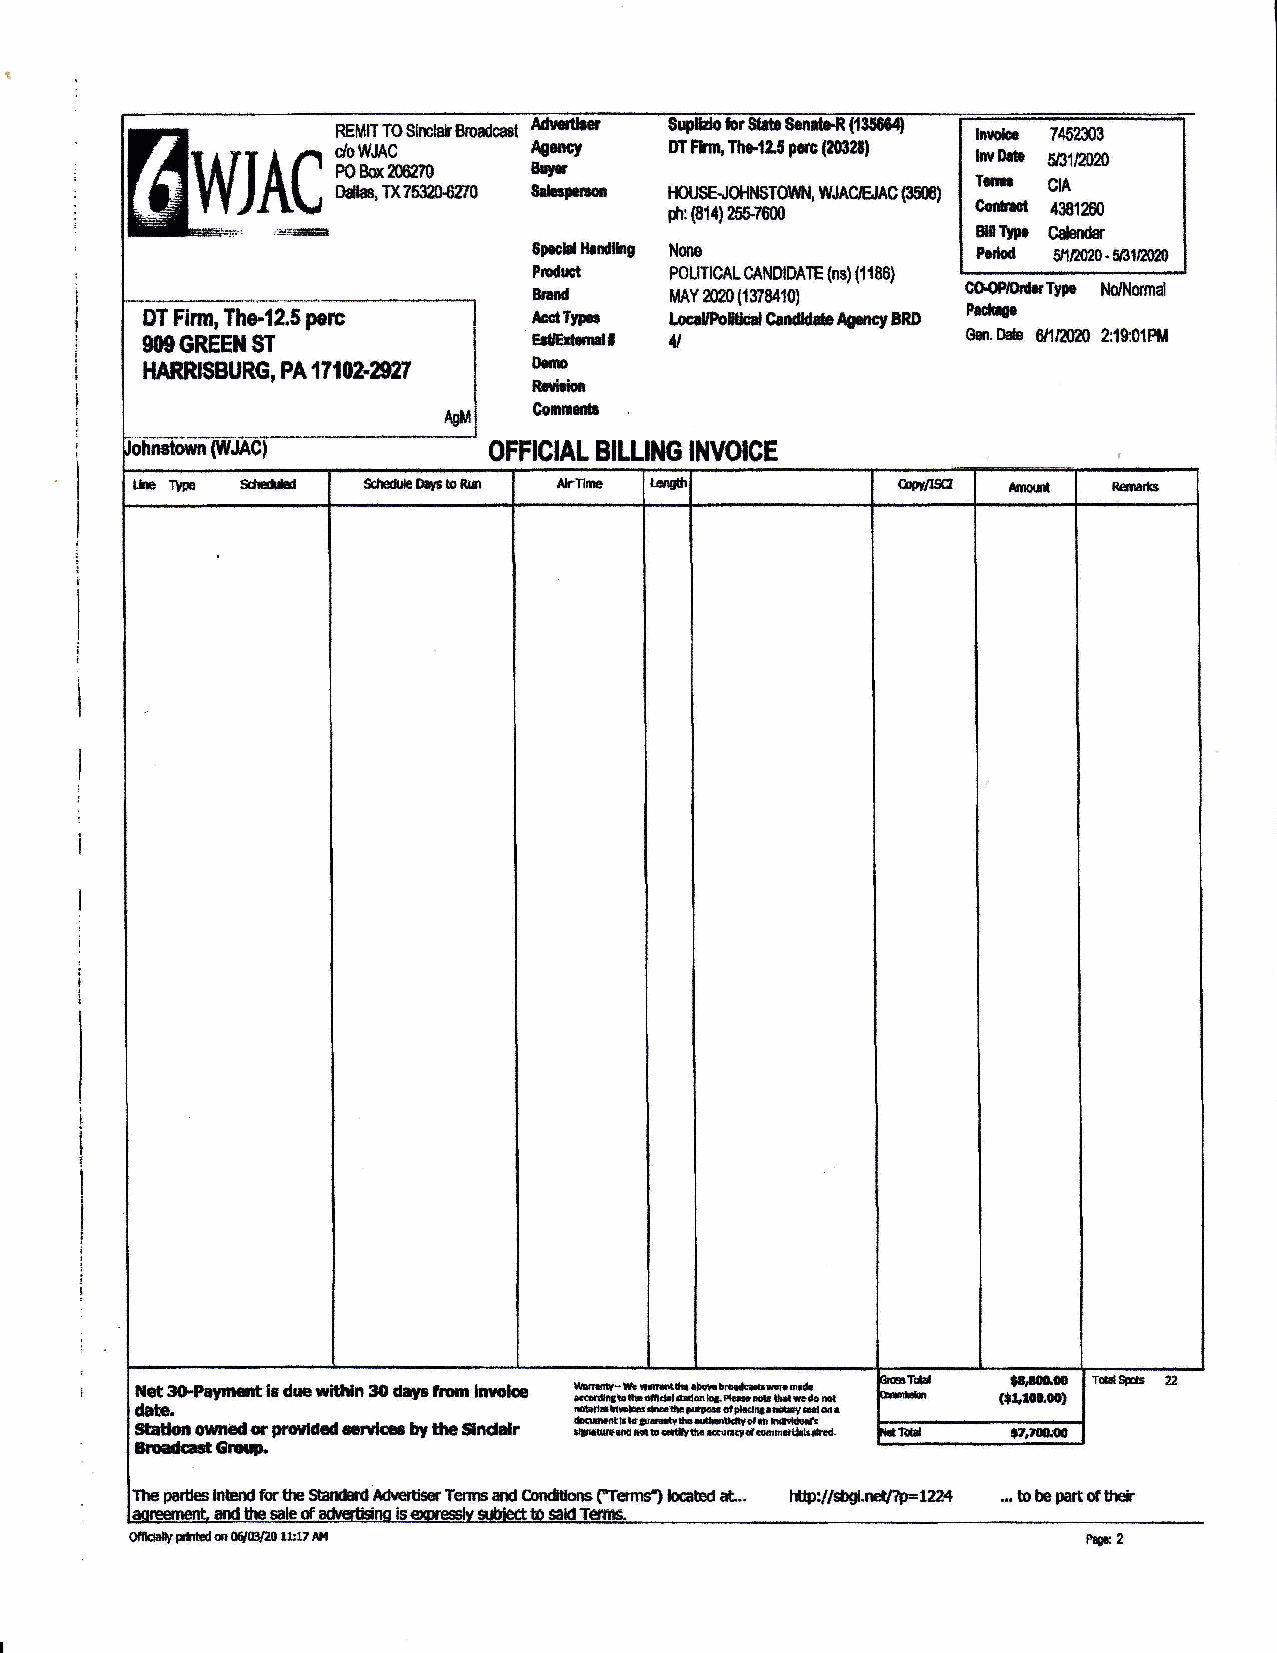
Sup$dohr             litob.
 74Sm03
 lgcrc,   OI Ffm,ThlfZS n*c (1ts88! hvDrb
 Sttyr                         Irtr EB1,2m0
 Stb'floo                          gtrA
 l-tctt sE.,0Ht6TouN, wJAcjEtAc FEm) Coilrlot
 ph:{81r)25e.ft01)         4381260
 mD[.
 C€hrdt
 S}.oU ]hnd&rg l{mo            Pulod st,to2o.iffl?}lo
 P Mroduct P MAo YL lI elc 0A tL 1 30 rA 8N 4D 1I 0D )ATE {ns) (1108} COSmrTyp ihlNmnal
 Fffiec
 DT Firm, Tha12.5 perc     lcttTfpr lacdFoilcd Gruldde Agsrc? BRD
 SIgGREEIIST               Er{Ml    u                   Ger.D* ffilln0 2:19:01Fll
 HAffUSBURG,PAfi$z-DlTI   arqm
 k$lhlt
 Cormrm
 OFFICIAL BILLI}IG INVOICE
 ltlet g0.Peynld.lt dus ritl{n iS di.}e tron lnude l rl crr I$ AB iIl- C i Ffr 4 [ 0rr .s |lt fl rr { dlotlr ab .? b lEF srl s*rc 0rarn Ed ,r e rd Toa*$oar 2
 dab.                         tedE}|sb!rSoialEle ltrlrltlt.8sl e a
 tlffiur urned a prc$dcd artks Ly tho $nddr & d]q .rh ff. ir * $l. dI o rl id Dy .,lb d. ti lf i.f ir.tn e d.,.rs6h*t tt ld tlH 5*d lG!*
 lroeddGlun
 partleshM frthe ffi ldrrerlhsTennsed CmdUsrp ("ferrsl lo6Ed at.. tfip;/rSdJEfrp*1224 ... b bG part of tftdr
 qff.$rltr pfibd flr 0ry4@ rr:17 Ar                             ry2